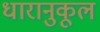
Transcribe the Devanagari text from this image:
धारानुकूल